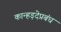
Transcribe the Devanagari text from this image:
कान्हड़देप्रबंध